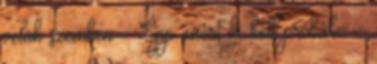
velük szemben. - Épp ezért ki kell próbálni. -